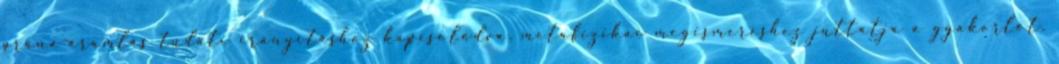
prána-áramlás tudati irányításhoz kapcsolódva, metafizikai megismeréshez juttatja a gyakorlót.